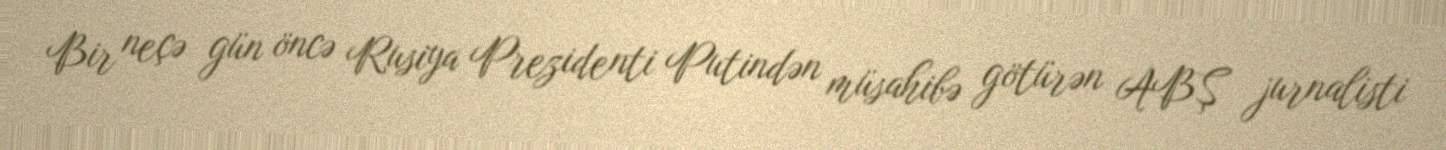
Bir neçə gün öncə Rusiya Prezidenti Putindən müsahibə götürən ABŞ jurnalisti